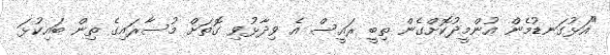
"އަޅުގަނޑުމެން އުންމީދުކޮށްގެން ތިބީ ރައީސް އެ ވިދާޅުވި ގޮތަށް މުސާރައިގެ ތިން ބައިކުޅަ